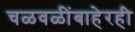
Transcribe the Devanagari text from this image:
चळवळींबाहेरही